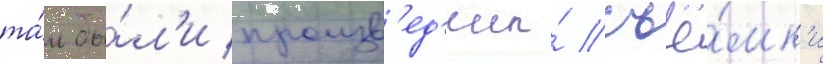
та́м бы́л'и произв'ед'ены́ съё́мк'и